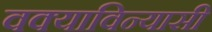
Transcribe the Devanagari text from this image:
वक्याविन्यासी